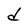
Character: d